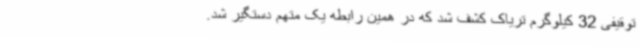
توقیفی 32 کیلوگرم تریاک کشف شد که در همین رابطه یک متهم دستگیر شد.